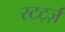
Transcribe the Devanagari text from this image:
स्टर्ट्ज़